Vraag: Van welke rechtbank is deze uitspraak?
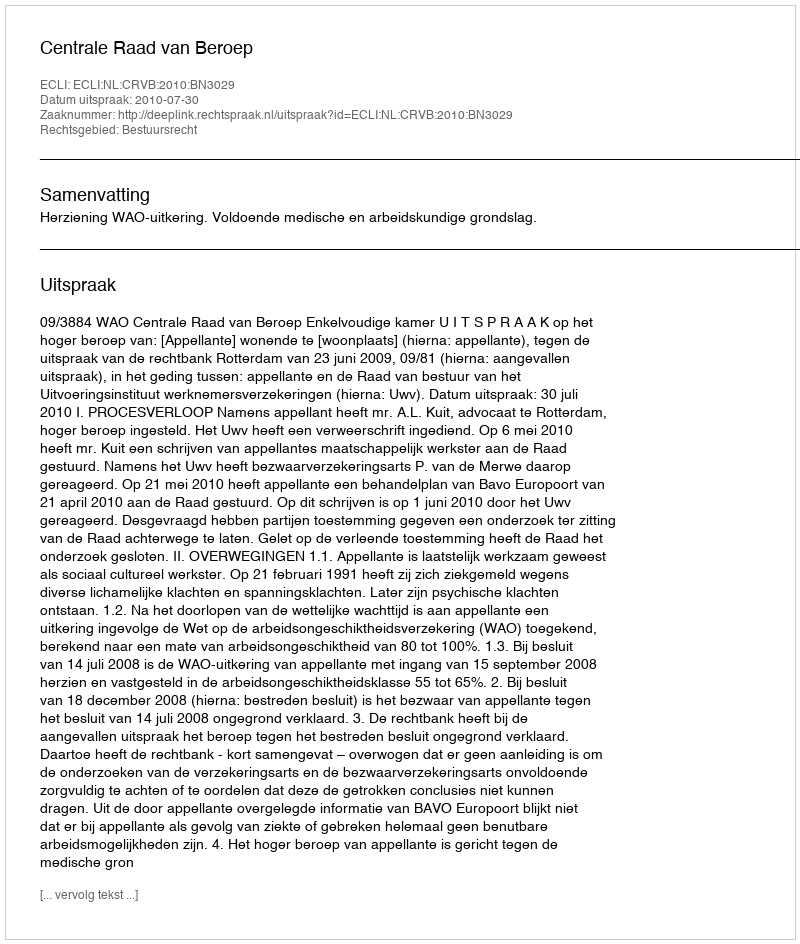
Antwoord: Centrale Raad van Beroep